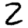
Digit: 2